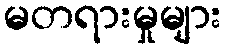
မတရားမှုများ